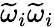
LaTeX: \widetilde\omega_{i}\widetilde\omega_{i}